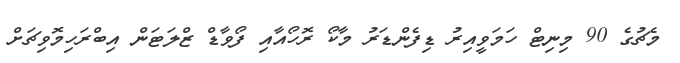
މެޗުގެ 90 މިނިޓް ހަމަވީއިރު ޑިފެންޑަރު މާކޯ ރޮހޯއާއި ފޯވާޑް ޒްލަޓަން އިބްރަހިމޮވިޗަށް